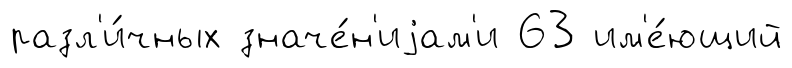
разл'и́чных значе́н'иjам'и 63 им'е́ющий